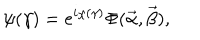
\psi ( \gamma ) = e ^ { i \chi ( \gamma ) } \Phi ( \vec { \alpha } , \vec { \beta } ) ,